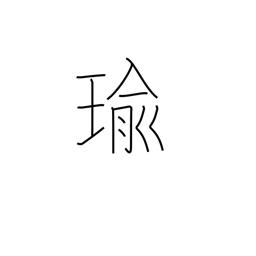
Meaning: jewel